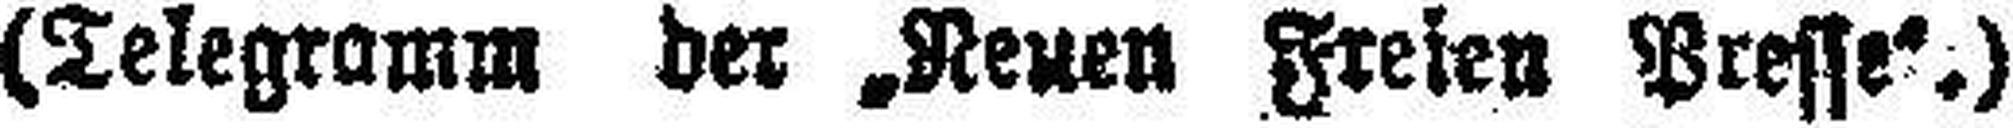
(Telegramm der „Neuen Freien Presse“.)